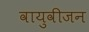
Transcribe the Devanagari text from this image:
वायुवीजन